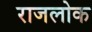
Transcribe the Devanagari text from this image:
राजलोक